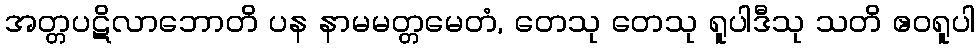
အတ္တပဋိလာဘောတိ ပန နာမမတ္တမေတံ, တေသု တေသု ရူပါဒီသု သတိ ဧဝရူပါ